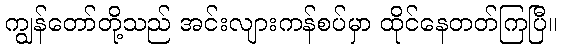
ကျွန်တော်တို့သည် အင်းလျားကန်စပ်မှာ ထိုင်နေတတ်ကြပြီ။